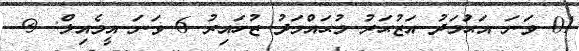
01 ވަނަ އަޙުަމަދު އަޒުޙަރު މުޙައްމަދު ޒުހައިރު 6 ވަނަ އީމެއިލް: @.